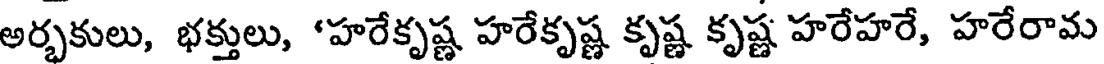
అర్భకులు, భక్తులు, 'హరేకృష్ణ హరేకృష్ణ కృష్ణ కృష్ణ హరేహరే, హరేరామ